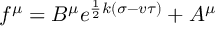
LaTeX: f ^ { \mu } = B ^ { \mu } e ^ { \frac { 1 } { 2 } k ( \sigma - v \tau ) } + A ^ { \mu }